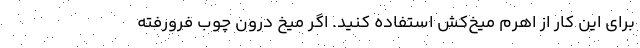
برای این کار از اهرم میخ‌کش استفاده کنید. اگر میخ درون چوب فرورفته